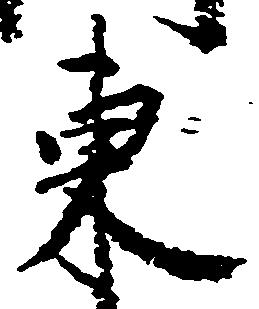
東